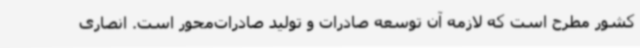
کشور مطرح است که لازمه آن توسعه صادرات و تولید صادرات‌محور است. انصاری